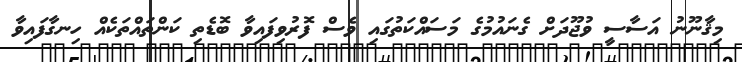
މިޤާނޫނު އަސާސީ ވުޖޫދަށް ގެނައުމުގެ މަސައްކަތުގައި ވެސް ފޮރުވިފައިވާ ބޮޑެތި ކަންތައްތަކެއް ހިނގާފައިވާ